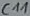
Text: C11